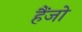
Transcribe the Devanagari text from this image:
हैंजो